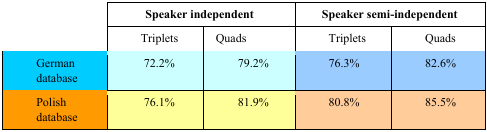
| <ROWSPAN=2>  | <COLSPAN=2> Speaker independent | <COLSPAN=2> Speaker semi-independent |
 | Triplets | Quads | Triplets | Quads |
 | --- | --- | --- | --- | --- |
 | German database | 72.2% | 79.2% | 76.3% | 82.6% |
 | Polish database | 76.1% | 81.9% | 80.8% | 85.5% |